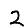
Digit: 2